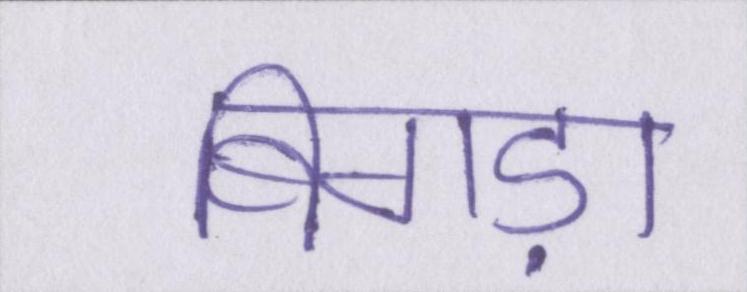
बिगड़ा